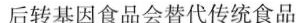
后转基因食品会替代传统食品